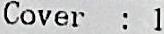
COVER : 1